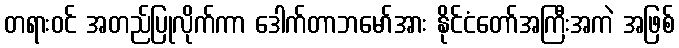
တရားဝင် အတည်ပြုလိုက်ကာ ဒေါက်တာဘမော်အား နိုင်ငံတော်အကြီးအကဲ အဖြစ်